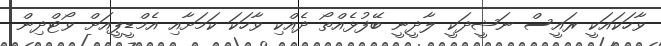
ވާހަކައަކީ ރައީސް ނަޝީދަކީ ލާދީނީ ބޭފުޅެއްތޯ ދެއްކި ވާހަކަ ކަމަށާއި އެމްޑީޕީއަށް ވޯޓްދިން